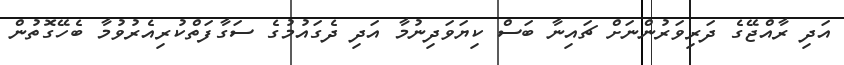
އަދި ރާއްޖޭގެ ދަރިވަރުންނަށް ޗައިނާ ބަސް ކިޔަވަދިނުމާ އަދި ދެގައުމުގެ ސަގާފަތްކުރިއެރުވުމާ ބެހޭގޮތުން